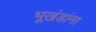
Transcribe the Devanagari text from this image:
भूखंडांना